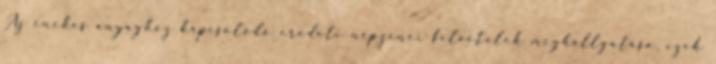
Az énekes anyaghoz kapcsolódó eredeti népzenei felvételek meghallgatása, ezek